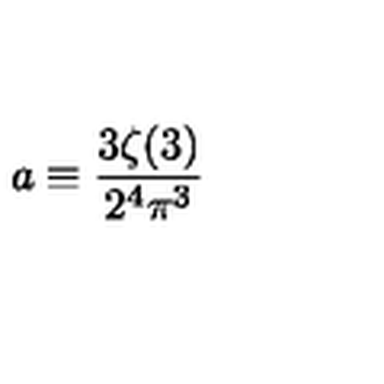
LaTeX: a \equiv \frac { 3 \zeta ( 3 ) } { 2 ^ { 4 } \pi ^ { 3 } }